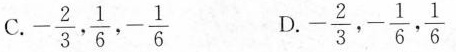
C. - \frac{2}{3}，\frac{1}{6}，-\frac{1}{6} D. - \frac{2}{3}，-\frac{1}{6}，\frac{1}{6}